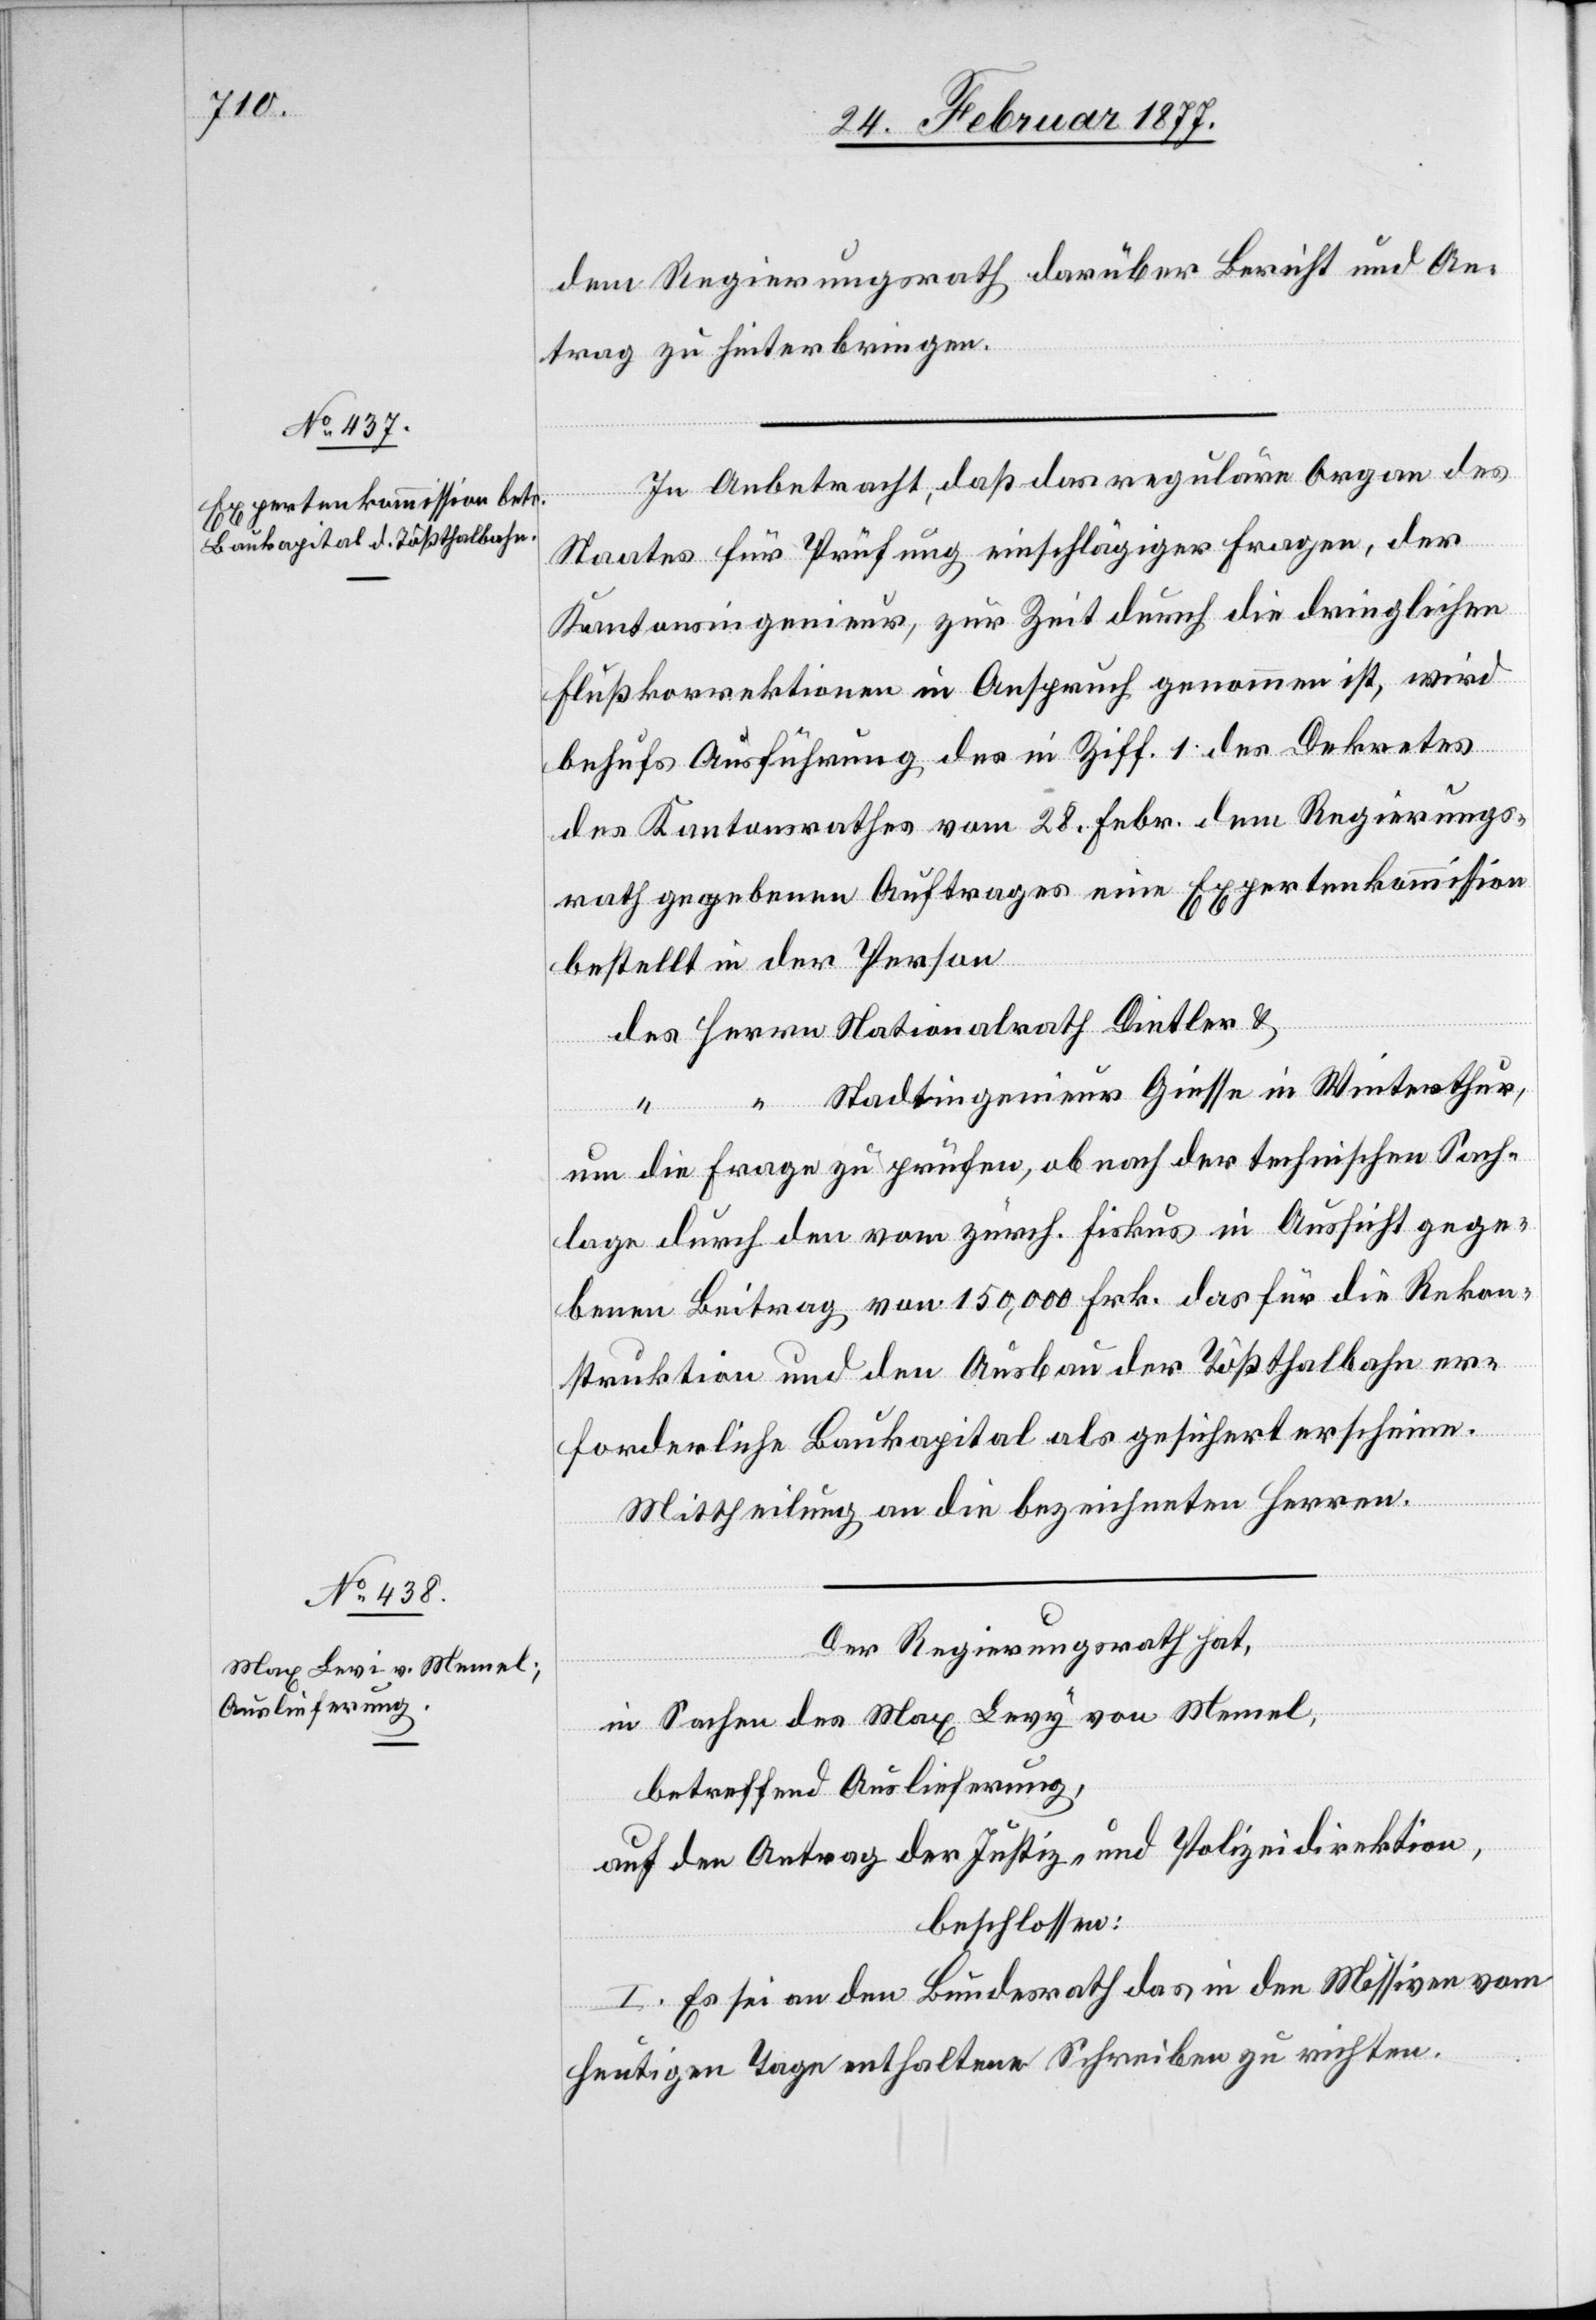
28. Februar 1877.]
dem Regierungsrath darüber Bericht und An¬
trag zu hinterbringen.
In Anbetracht, daß das reguläre Organ des
Staates für Prüfung einschlägiger Fragen, der
Kantonsingenieur, zur Zeit durch die dringlichen
Flußkorrektionen in Anspruch genommen ist, wird
behufs Ausführung des in Ziff. 1 des Dekretes
des Kantonsrathes vom 28. Febr. dem Regierungs¬
rath gegebenen Auftrages eine Expertenkommission
bestellt in der Person
Stadtingenieur Giesse in Winterthur,
l-Verfügungen
um die Frage zu prüfen, ob nach der technischen Sach¬
lage durch den vom zürch. Fiskus in Aussicht gege¬
benen Beitrag von 150,000 Frk, das für die Rekon¬
struktion und den Ausbau der Tößthalbahn er¬
forderliche Baukapital als gesichert erscheine.
Mittheilung an die bezeichneten Herren.
Der Regierungsrath hat,
in Sachen des Max Levy von Memel,
betreffend Auslieferung,
auf den Antrag der Justiz- und Polizeidirektion,
beschlossen:
I. Es sei an den Bundesrath das in den Missiven vom
heutigen Tage enthaltene Schreiben zu richten.